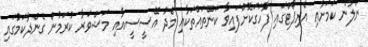
ނުލާނެ ކަމަށާއި އެރިޕޯޓްގައި ފާހަގަކޮށްފައިވާ ކަންތައްތަކާއި މެދު އޭސީސީއާއި މަޝްވަރާ ކުރަމުން ގެންދާކަމުގައި